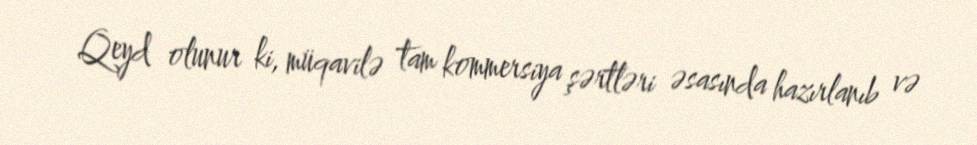
Qeyd olunur ki, müqavilə tam kommersiya şərtləri əsasında hazırlanıb və